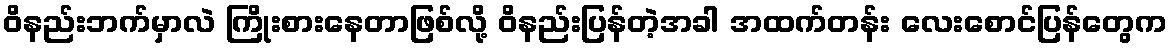
ဝိနည်းဘက်မှာလဲ ကြိုးစားနေတာဖြစ်လို့ ဝိနည်းပြန်တဲ့အခါ အထက်တန်း လေးစောင်ပြန်တွေက